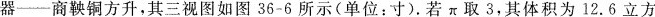
器——商鞅铜方升，其三视图如图36-6所示(单位：寸)。若π取3，其体积为12.6立方